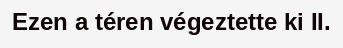
Ezen a téren végeztette ki II.